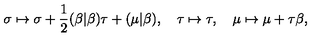
\sigma \mapsto \sigma + \frac 1 2 ( \beta | \beta ) \tau + ( \mu | \beta ) , \quad \tau \mapsto \tau , \quad \mu \mapsto \mu + \tau \beta ,